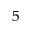
^ { 5 }